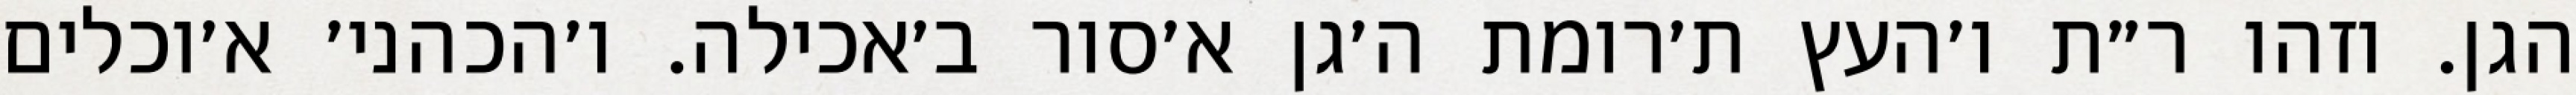
הגן. וזהו ר״ת ו׳העץ ת׳רומת ה׳גן א׳סור ב׳אכילה. ו׳הכהני׳ א׳וכלים